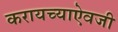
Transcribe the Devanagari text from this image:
करायच्याऐवजी